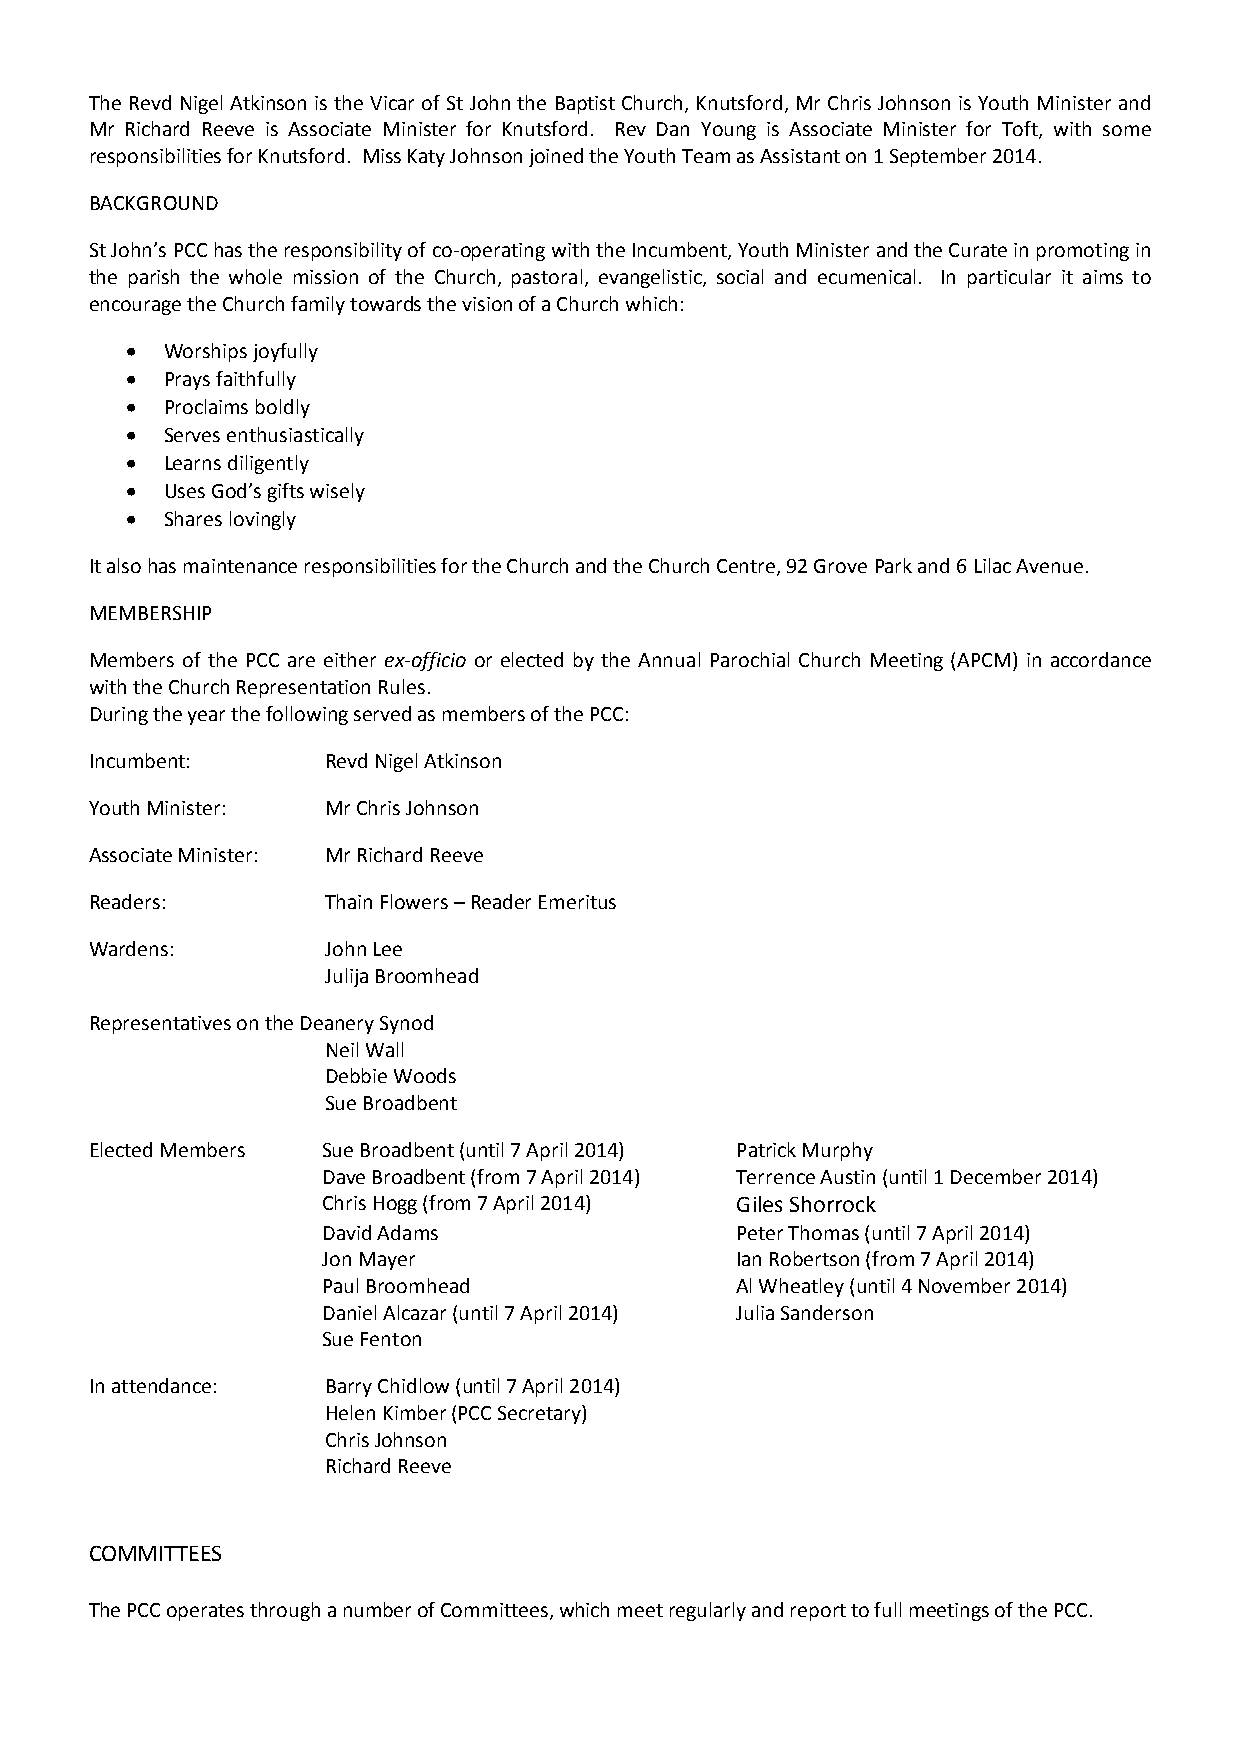
The Revd Nigel Atkinson is the Vicar of St John the Baptist Church, Knutsford, Mr Chris Johnson is Youth Minister and
 Mr Richard Reeve is Associate Minister for Knutsford. Rev Dan Young is Associate Minister for Toft, with some
 responsibilities for Knutsford. Miss Katy Johnson joined the Youth Team as Assistant on 1 September 2014.
 BACKGROUND
 St John’s PCC has the responsibility of co-operating with the Incumbent, Youth Minister and the Curate in promoting in
 the parish the whole mission of the Church, pastoral, evangelistic, social and ecumenical. In particular it aims to
 encourage the Church family towards the vision of a Church which:
   Worships joyfully
   Prays faithfully
   Proclaims boldly
   Serves enthusiastically
   Learns diligently
   Uses God’s gifts wisely
   Shares lovingly
 It also has maintenance responsibilities for the Church and the Church Centre, 92 Grove Park and 6 Lilac Avenue.
 MEMBERSHIP
 Members of the PCC are either ex-officio or elected by the Annual Parochial Church Meeting (APCM) in accordance
 with the Church Representation Rules.
 During the year the following served as members of the PCC:
 Incumbent:      Revd Nigel Atkinson
 Youth Minister: Mr Chris Johnson
 Associate Minister: Mr Richard Reeve
 Readers:        Thain Flowers – Reader Emeritus
 Wardens:        John Lee
 Julija Broomhead
 Representatives on the Deanery Synod
 Neil Wall
 Debbie Woods
 Sue Broadbent
 Elected Members Sue Broadbent (until 7 April 2014) Patrick Murphy
 Dave Broadbent (from 7 April 2014) Terrence Austin (until 1 December 2014)
 Chris Hogg (from 7 April 2014) Giles Shorrock
 David Adams                 Peter Thomas (until 7 April 2014)
 Jon Mayer                   Ian Robertson (from 7 April 2014)
 Paul Broomhead              Al Wheatley (until 4 November 2014)
 Daniel Alcazar (until 7 April 2014) Julia Sanderson
 Sue Fenton
 In attendance:  Barry Chidlow (until 7 April 2014)
 Helen Kimber (PCC Secretary)
 Chris Johnson
 Richard Reeve
 COMMITTEES
 The PCC operates through a number of Committees, which meet regularly and report to full meetings of the PCC.